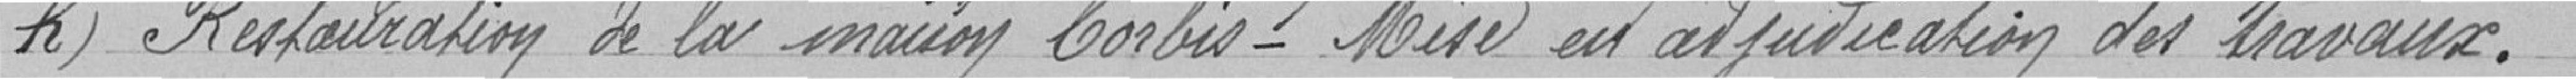
h) Restauration de la maison Corbis - Mise en adjudication des travaux.